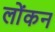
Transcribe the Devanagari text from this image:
लोंकन